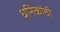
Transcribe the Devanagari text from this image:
धनिकांची